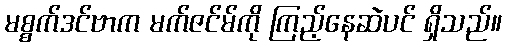
မစ္စက်ဒင်ဗာက မက်ဇင်မ်ကို ကြည့်နေဆဲပင် ရှိသည်။